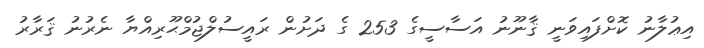
އިޢުލާނު ކޮށްފައިވަނީ ޤާނޫނު އަސާސީގެ 253 ގެ ދަށުން ރައީސުލްޖުމްޙޫރިއްޔާ ނެރުނު ޤަރާރު